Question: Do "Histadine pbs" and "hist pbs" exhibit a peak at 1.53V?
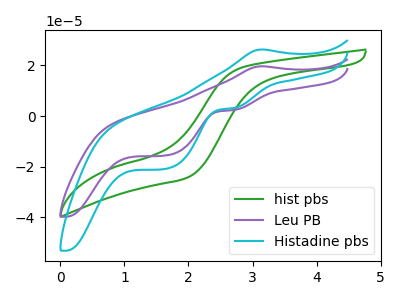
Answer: <think>The green curve "hist pbs" has no peaks. The purple curve "Leu PB" has an anodic peak at (3.15V, 19.60uA) and cathodic peaks at (2.70V, 2.35uA) (1.65V, -15.55uA). The cyan curve "Histadine pbs" has an anodic peak at (3.15V, 26.25uA) and cathodic peaks at (2.70V, 3.15uA) (1.65V, -20.80uA).</think>
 <answer>No, "Histadine pbs" and "hist pbs" dont share a peak at 1.53V.</answer>
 <eval>mismatch</eval>